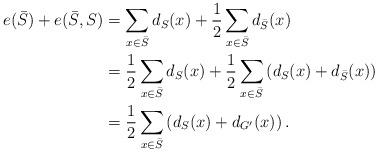
LaTeX: \begin{align*}e(\bar{S})+e(\bar{S},S)&=\sum_{x\in \bar{S}} d_{S}(x) +\frac{1}{2}\sum_{x\in \bar{S}}d_{\bar{S}}(x)\\&=\frac{1}{2}\sum_{x\in \bar{S}} d_{S}(x)+\frac{1}{2}\sum_{x\in \bar{S}}\left(d_S(x)+d_{\bar{S}}(x)\right)\\&=\frac{1}{2}\sum_{x\in \bar{S}}\left(d_S(x)+d_{G'}(x)\right).\end{align*}